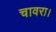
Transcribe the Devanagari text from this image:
चावरा।